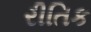
રીતિક